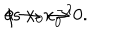
\phi \to x _ { 0 } ^ { - \lambda } \hspace { . 2 c m } { \textstyle \mathrm { a s \ } } x _ { 0 } \to 0 .